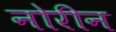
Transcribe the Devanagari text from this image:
नोरीन